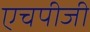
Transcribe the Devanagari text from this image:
एचपीजी